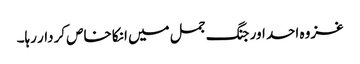
غزوہ احد اور جنگ جمل میں انکا خاص کردار رہا۔